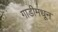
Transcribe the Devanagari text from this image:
गाडीमधून